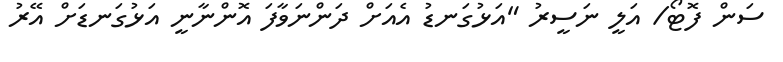
ސަން ފޮޓޯ/ އަލީ ނަސީރު "އަޅުގަނޑު އެއަށް ދަންނަވާފަ އޮންނާނީ އަޅުގަނޑަށް އޭރު